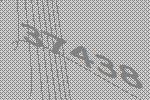
37438